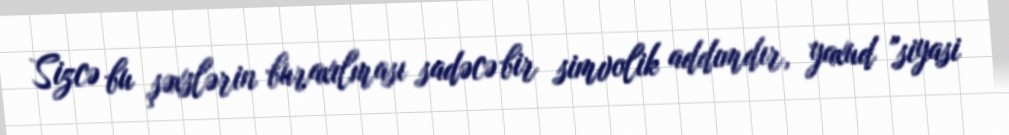
Sizcə bu şəxslərin buraxılması sadəcə bir simvolik addımdır, yaxud "siyasi